Cultivation of the bacillus of leprosy and the treatment of cases by means of a vaccine prepared from the cultivations - Number 42
Disease focus: Leprosy
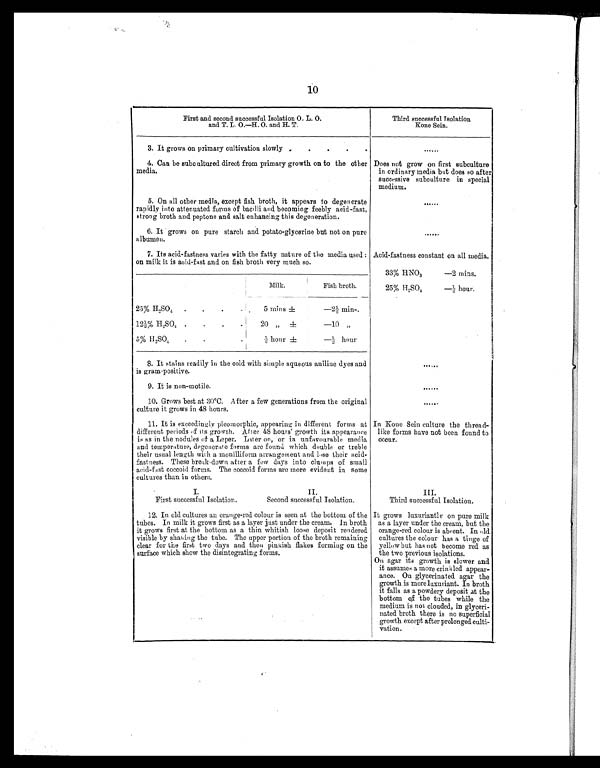
10
First and second successful Isolation O. L. O.
and T. L. O.—H. O. and H. T.
Third successful Isolation
Kone Sein.
3. It grows on primary cultivation slowly . . . . .
......
4. Can be subcultured direct from primary growth on to the other
media.
Does not grow on first subculture
in ordinary media but does so after
successive subculture in special
medium.
5. On all other media, except fish broth, it appears to degenerate
rapidly into attenuated forms of bacilli and becoming feebly acid-fast,
strong broth and peptone and salt enhancing this degeneration.
......
6. It grows on pure starch and potato-glycerine but not on pure
albumen.
......
7. Its acid-fastness varies with the fatty nature of the media used :
on milk it is acid-fast and on fish broth very much so.
Acid-fastness constant on all media.
33% HNO3 ,
—2 mins.
Milk.
Fish broth.
25% H2SO4
—½ hour.
25% H2SO4 . . .
5 mins ±
—2½, mins.
12½% H2SO4 .
.
.
.
20 „ ±
—10 „
5% H2SO4 .
.
½ hour ±
—½ hour
8. It stains readily in the cold with simple aqueous aniline dyes and
is gram positive.
.......
9. It is non-motile.
......
10. Grows best at 30°C. After a few generations from the original
culture it grows in 48 hours.
......
11. It is exceedingly pleomorphic, appearing in different forms at
different periods of its growth. After 48 hours' growth its appearance
is as in the nodules of a Leper. Later on, or in unfavourable media
and temperature, degenerate forms are found which double or treble
their usual length with a monilliform arrangement and lase their acid
fastness. These break-down after a few days into clumps of small
acid-fast coccoid forms. The coccoid forms are more evident in some
cultures than in others.
In Kone Sein culture the thread
like forms have not been found to
occur.
I.
II.
III.
First successful Isolation.
Second successful Isolation.
Third successful Isolation.
12. In old cultures an orange-red colour is seen at the bottom of the
tubes. In milk it grows first as a layer just under the cream, In broth
it grows first at the bottom as a thin whitish loose deposit rendered
visible by shaking the tube. The upper portion of the broth remaining
clear for the first two days and then pinkish flakes forming on the
surface which show the disintegrating forms.
It grows luxuriantly on pure milk
as a layer under the cream, but the
orange-red colour is absent. In old
cultures the colour has a tinge of
yellow but has not become red as
the two previous isolations.
On agar its growth is slower and
it assumes a more crinkled appear
ance. On glycerinated agar the
growth is more luxuriant. In broth
it falls as a powdery deposit at the
bottom of the tubes while the
medium is not clouded, in glyceri
nated broth there is no superficial
growth except after prolonged culti
vation.